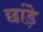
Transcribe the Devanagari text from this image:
छांड़े